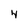
Character: 4